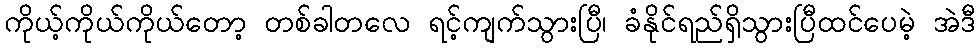
ကိုယ့်ကိုယ်ကိုယ်တော့ တစ်ခါတလေ ရင့်ကျက်သွားပြီ၊ ခံနိုင်ရည်ရှိသွားပြီထင်ပေမဲ့ အဲဒီ